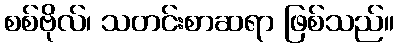
စစ်ဗိုလ်၊ သတင်းစာဆရာ ဖြစ်သည်။